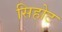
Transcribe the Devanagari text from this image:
सिहोट